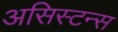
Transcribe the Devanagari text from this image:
असिस्टन्स